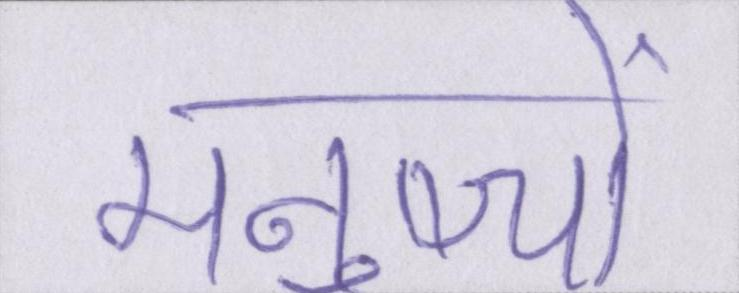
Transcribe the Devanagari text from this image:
मनुष्यों